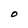
Character: O